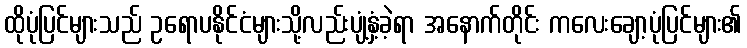
ထိုပုံပြင်များသည် ဥရောပနိုင်ငံများသို့လည်းပျံ့နှံ့ခဲ့ရာ အနောက်တိုင်း ကလေးချော့ပုံပြင်များ၏